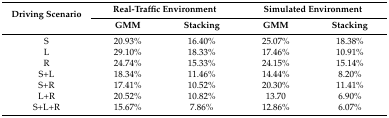
| <ROWSPAN=2> Driving Scenario | <COLSPAN=2> Real-Traffic Environment | <COLSPAN=2> Simulated Environment |
 | GMM | Stacking | GMM | Stacking |
 | --- | --- | --- | --- | --- |
 | S | 20.93% | 16.40% | 25.07% | 18.38% |
 | L | 29.10% | 18.33% | 17.46% | 10.91% |
 | R | 24.74% | 15.33% | 24.15% | 15.14% |
 | S+L | 18.34% | 11.46% | 14.44% | 8.20% |
 | S+R | 17.41% | 10.52% | 20.30% | 11.41% |
 | L+R | 20.52% | 10.82% | 13.70 | 6.90% |
 | S+L+R | 15.67% | 7.86% | 12.86% | 6.07% |